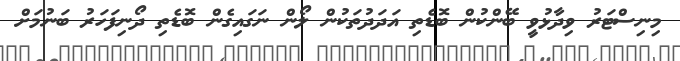
މިނިސްޓަރު ވިދާޅުވީ ބޭންކުން ބޮޑެތި އަދަދުތަކުން ލޯން ނަގައިގެން ބޮޑެތި ދޯނިފަހަރު ބަނުމަށް